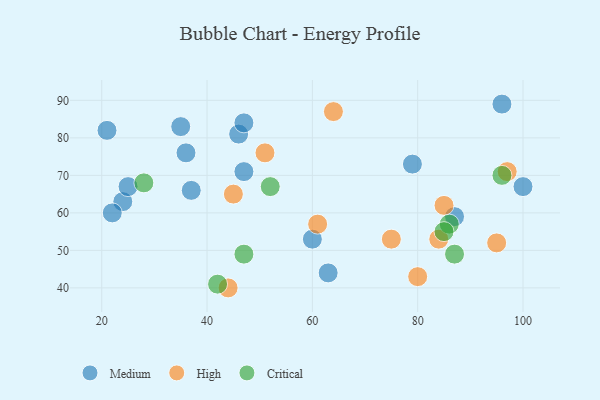
{"axis": {"x": "GDP", "y": "Life Expectancy"}, "legend": ["Critical", "High", "Medium"], "data": [{"x": "24", "y": 63, "type": "Medium"}, {"x": "36", "y": 76, "type": "Medium"}, {"x": "35", "y": 83, "type": "Medium"}, {"x": "100", "y": 67, "type": "Medium"}, {"x": "63", "y": 44, "type": "Medium"}, {"x": "22", "y": 60, "type": "Medium"}, {"x": "60", "y": 53, "type": "Medium"}, {"x": "87", "y": 59, "type": "Medium"}, {"x": "21", "y": 82, "type": "Medium"}, {"x": "47", "y": 71, "type": "Medium"}, {"x": "79", "y": 73, "type": "Medium"}, {"x": "46", "y": 81, "type": "Medium"}, {"x": "47", "y": 84, "type": "Medium"}, {"x": "96", "y": 89, "type": "Medium"}, {"x": "37", "y": 66, "type": "Medium"}, {"x": "25", "y": 67, "type": "Medium"}, {"x": "97", "y": 71, "type": "High"}, {"x": "95", "y": 52, "type": "High"}, {"x": "80", "y": 43, "type": "High"}, {"x": "51", "y": 76, "type": "High"}, {"x": "61", "y": 57, "type": "High"}, {"x": "64", "y": 87, "type": "High"}, {"x": "45", "y": 65, "type": "High"}, {"x": "84", "y": 53, "type": "High"}, {"x": "85", "y": 62, "type": "High"}, {"x": "44", "y": 40, "type": "High"}, {"x": "75", "y": 53, "type": "High"}, {"x": "52", "y": 67, "type": "Critical"}, {"x": "42", "y": 41, "type": "Critical"}, {"x": "86", "y": 57, "type": "Critical"}, {"x": "47", "y": 49, "type": "Critical"}, {"x": "96", "y": 70, "type": "Critical"}, {"x": "87", "y": 49, "type": "Critical"}, {"x": "85", "y": 55, "type": "Critical"}, {"x": "28", "y": 68, "type": "Critical"}]}